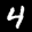
Label: 4